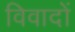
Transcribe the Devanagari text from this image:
विवादों